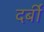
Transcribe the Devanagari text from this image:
दर्बी